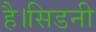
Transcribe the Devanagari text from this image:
है।सिडनी